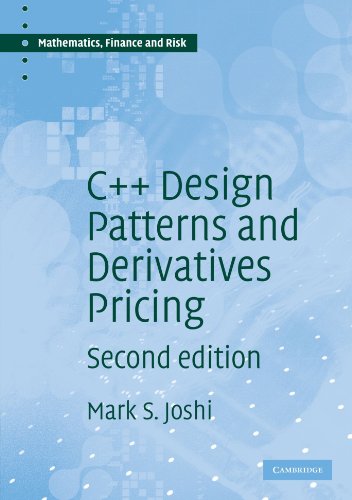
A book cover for C++ Design Patterns and Derivatives Pricing (Mathematics, Finance and Risk); M. S. Joshi; Business & Money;